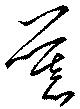
慕